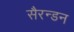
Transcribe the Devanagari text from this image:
सैरन्डन